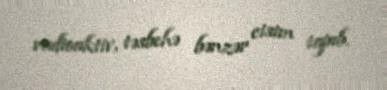
radioaktiv, təsbehə bənzər cisim tapıb.